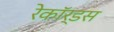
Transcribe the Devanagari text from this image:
रेकॉर्डस